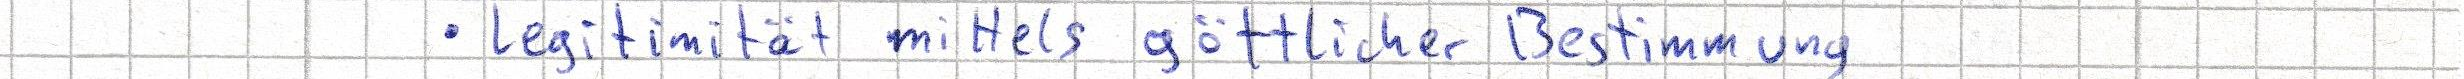
Legitimität mittels göttlicher Bestimmung